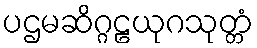
ပဌမဆိဂ္ဂဠယုဂသုတ္တံ